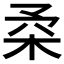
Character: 𣐱